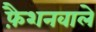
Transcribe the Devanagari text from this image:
फै़शनवाले